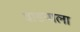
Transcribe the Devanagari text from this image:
वाडयाला